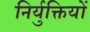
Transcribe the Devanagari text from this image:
निर्युक्तियों